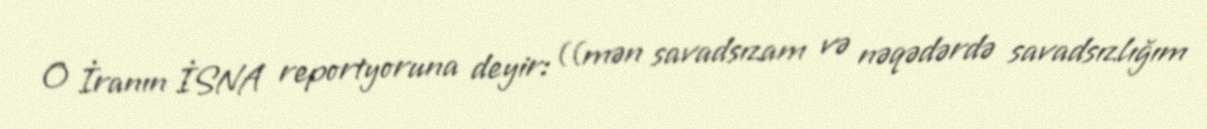
O İranın İSNA reportyoruna deyir: ((mən savadsızam və nəqədərdə savadsızlığım